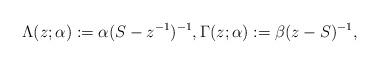
LaTeX: \begin{gather*}\Lambda(z;\alpha) := \alpha (S-z^{-1})^{-1}, \Gamma(z;\alpha) := \beta (z-S)^{-1},\end{gather*}